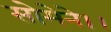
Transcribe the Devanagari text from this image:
सोमेने।।